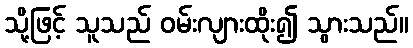
သို့ဖြင့် သူသည် ဝမ်းလျားထိုး၍ သွားသည်။